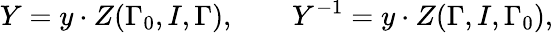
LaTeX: Y=y\cdot Z(\Gamma_{0},I,\Gamma),\mathbf{\qquad}Y^{-1}=y\cdot Z(\Gamma,I,\Gamma_{0}),